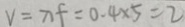
V = \lambda f = 0 . 4 \times 5 = 2